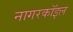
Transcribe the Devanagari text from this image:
नागरकॉइल